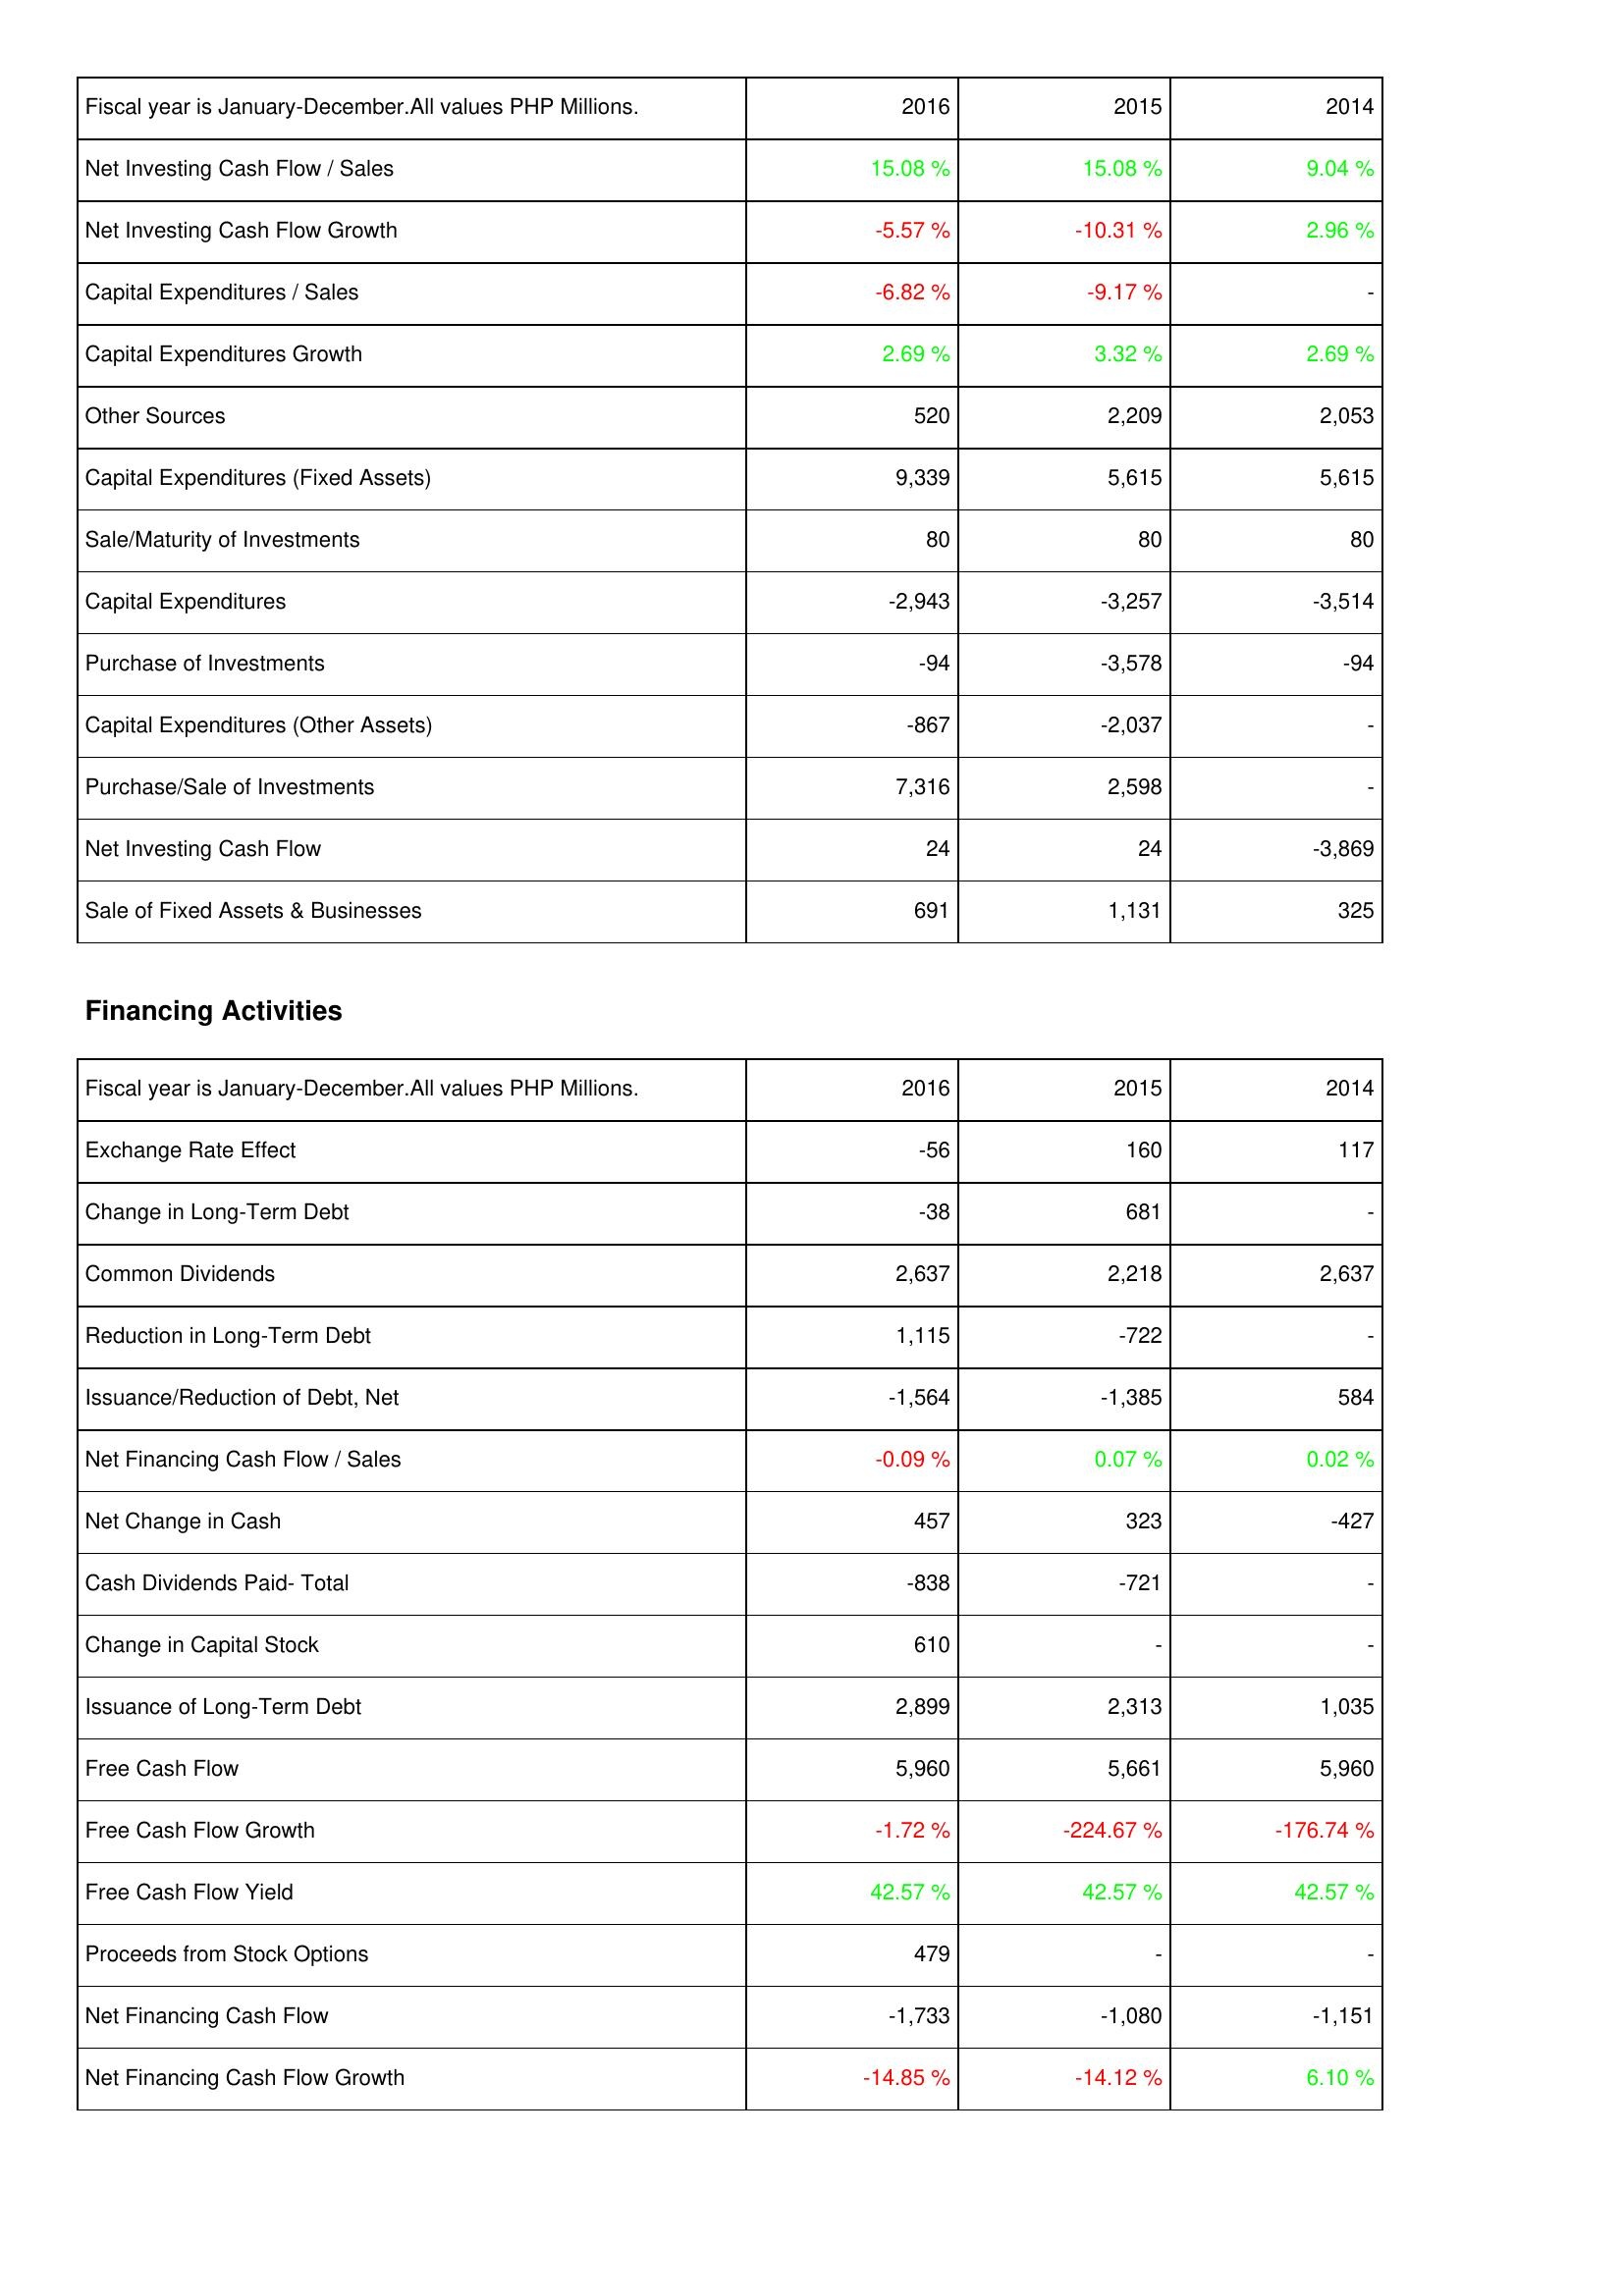
2016: Investing Activities: Net Investing Cash Flow / Sales: 15.08 %
Net Investing Cash Flow Growth: -5.57 %
Capital Expenditures / Sales: -6.82 %
Capital Expenditures Growth: 2.69 %
Other Sources: 520
Capital Expenditures (Fixed Assets): 9,339
Sale/Maturity of Investments: 80
Capital Expenditures: -2,943
Purchase of Investments: -94
Capital Expenditures (Other Assets): -867
Purchase/Sale of Investments: 7,316
Net Investing Cash Flow: 24
Sale of Fixed Assets & Businesses: 691
Financing Activities: Exchange Rate Effect: -56
Change in Long-Term Debt: -38
Common Dividends: 2,637
Reduction in Long-Term Debt: 1,115
Issuance/Reduction of Debt, Net: -1,564
Net Financing Cash Flow / Sales: -0.09 %
Net Change in Cash: 457
Cash Dividends Paid- Total: -838
Change in Capital Stock: 610
Issuance of Long-Term Debt: 2,899
Free Cash Flow: 5,960
Free Cash Flow Growth: -1.72 %
Free Cash Flow Yield: 42.57 %
Proceeds from Stock Options: 479
Net Financing Cash Flow: -1,733
Net Financing Cash Flow Growth: -14.85 %
2015: Investing Activities: Net Investing Cash Flow / Sales: 15.08 %
Net Investing Cash Flow Growth: -10.31 %
Capital Expenditures / Sales: -9.17 %
Capital Expenditures Growth: 3.32 %
Other Sources: 2,209
Capital Expenditures (Fixed Assets): 5,615
Sale/Maturity of Investments: 80
Capital Expenditures: -3,257
Purchase of Investments: -3,578
Capital Expenditures (Other Assets): -2,037
Purchase/Sale of Investments: 2,598
Net Investing Cash Flow: 24
Sale of Fixed Assets & Businesses: 1,131
Financing Activities: Exchange Rate Effect: 160
Change in Long-Term Debt: 681
Common Dividends: 2,218
Reduction in Long-Term Debt: -722
Issuance/Reduction of Debt, Net: -1,385
Net Financing Cash Flow / Sales: 0.07 %
Net Change in Cash: 323
Cash Dividends Paid- Total: -721
Change in Capital Stock: -
Issuance of Long-Term Debt: 2,313
Free Cash Flow: 5,661
Free Cash Flow Growth: -224.67 %
Free Cash Flow Yield: 42.57 %
Proceeds from Stock Options: -
Net Financing Cash Flow: -1,080
Net Financing Cash Flow Growth: -14.12 %
2014: Investing Activities: Net Investing Cash Flow / Sales: 9.04 %
Net Investing Cash Flow Growth: 2.96 %
Capital Expenditures / Sales: -
Capital Expenditures Growth: 2.69 %
Other Sources: 2,053
Capital Expenditures (Fixed Assets): 5,615
Sale/Maturity of Investments: 80
Capital Expenditures: -3,514
Purchase of Investments: -94
Capital Expenditures (Other Assets): -
Purchase/Sale of Investments: -
Net Investing Cash Flow: -3,869
Sale of Fixed Assets & Businesses: 325
Financing Activities: Exchange Rate Effect: 117
Change in Long-Term Debt: -
Common Dividends: 2,637
Reduction in Long-Term Debt: -
Issuance/Reduction of Debt, Net: 584
Net Financing Cash Flow / Sales: 0.02 %
Net Change in Cash: -427
Cash Dividends Paid- Total: -
Change in Capital Stock: -
Issuance of Long-Term Debt: 1,035
Free Cash Flow: 5,960
Free Cash Flow Growth: -176.74 %
Free Cash Flow Yield: 42.57 %
Proceeds from Stock Options: -
Net Financing Cash Flow: -1,151
Net Financing Cash Flow Growth: 6.10 %